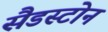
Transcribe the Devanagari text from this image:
सैडस्टोन